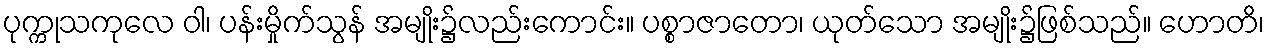
ပုက္ကုသကုလေ ဝါ၊ ပန်းမှိုက်သွန် အမျိုး၌လည်းကောင်း။ ပစ္စာဇာတော၊ ယုတ်သော အမျိုး၌ဖြစ်သည်။ ဟောတိ၊